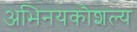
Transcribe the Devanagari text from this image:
अभिनयकौशल्य